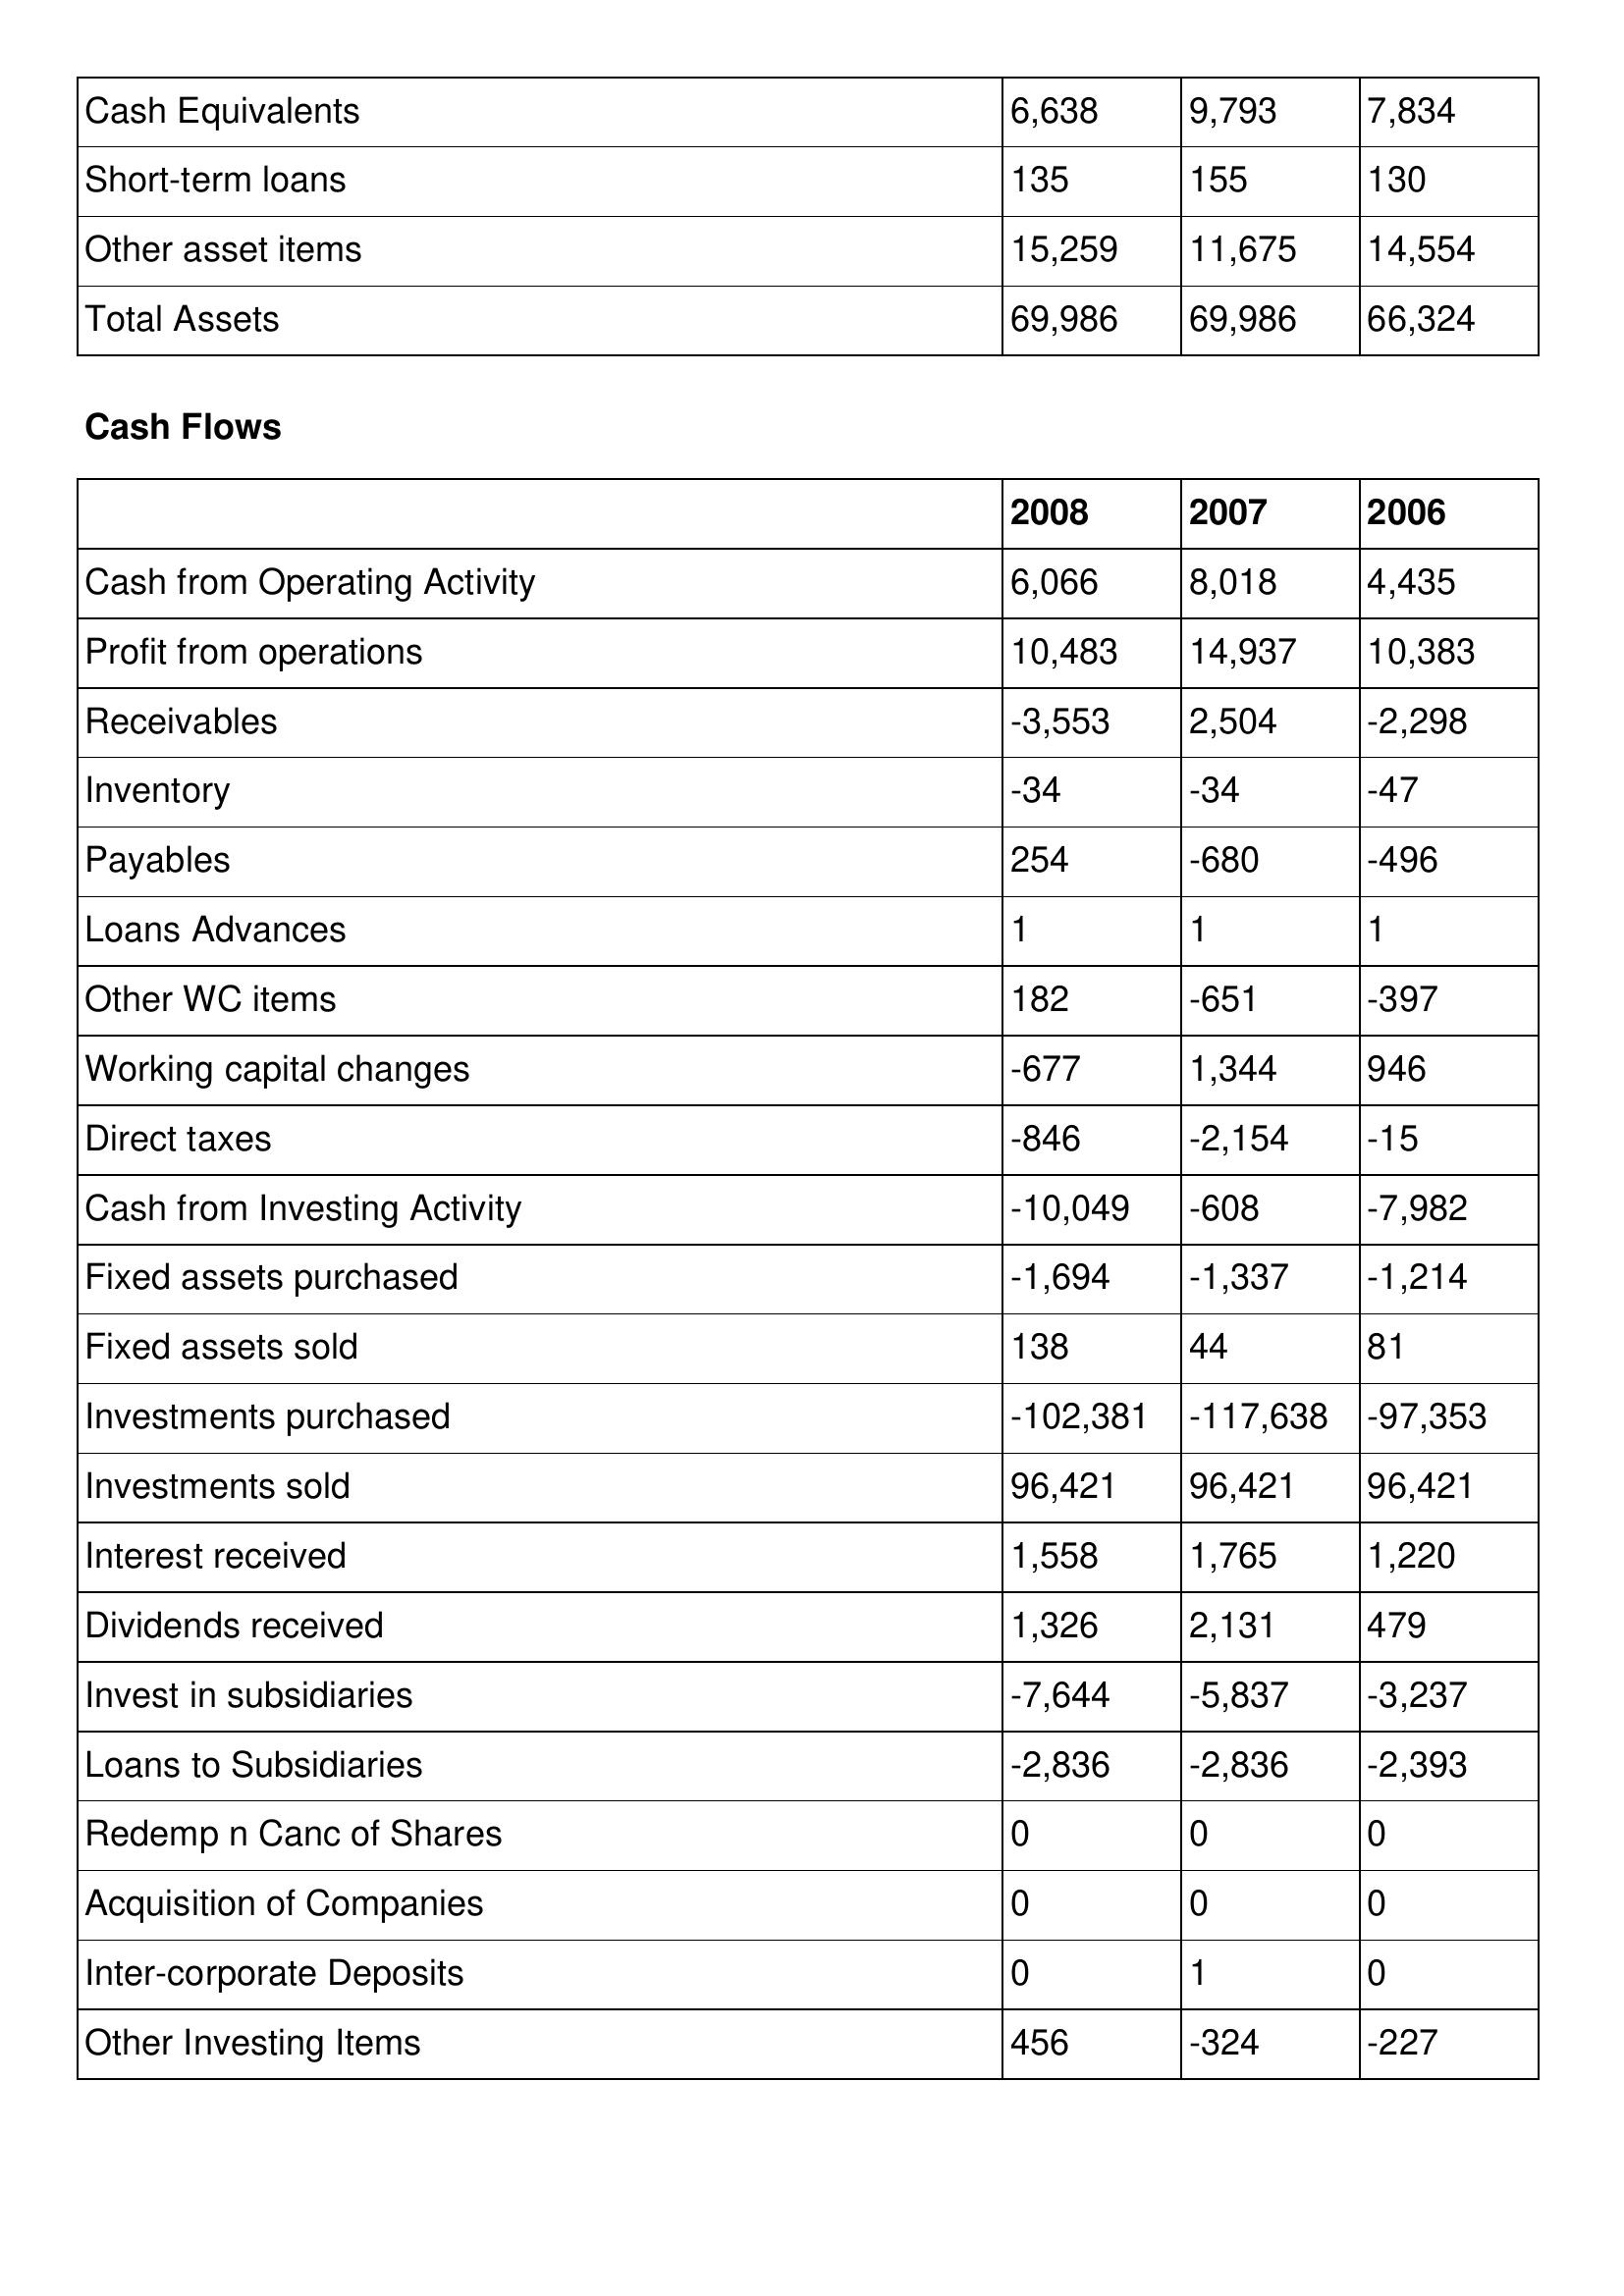
gt_parse: 2008: Balance Sheet: Cash Equivalents: 6,638
Short-term loans: 135
Other asset items: 15,259
Total Assets: 69,986
Cash Flows: Cash from Operating Activity: 6,066
Profit from operations: 10,483
Receivables: -3,553
Inventory: -34
Payables: 254
Loans Advances: 1
Other WC items: 182
Working capital changes: -677
Direct taxes: -846
Cash from Investing Activity: -10,049
Fixed assets purchased: -1,694
Fixed assets sold: 138
Investments purchased: -102,381
Investments sold: 96,421
Interest received: 1,558
Dividends received: 1,326
Invest in subsidiaries: -7,644
Loans to Subsidiaries: -2,836
Redemp n Canc of Shares: 0
Acquisition of Companies: 0
Inter-corporate Deposits: 0
Other Investing Items: 456
2007: Balance Sheet: Cash Equivalents: 9,793
Short-term loans: 155
Other asset items: 11,675
Total Assets: 69,986
Cash Flows: Cash from Operating Activity: 8,018
Profit from operations: 14,937
Receivables: 2,504
Inventory: -34
Payables: -680
Loans Advances: 1
Other WC items: -651
Working capital changes: 1,344
Direct taxes: -2,154
Cash from Investing Activity: -608
Fixed assets purchased: -1,337
Fixed assets sold: 44
Investments purchased: -117,638
Investments sold: 96,421
Interest received: 1,765
Dividends received: 2,131
Invest in subsidiaries: -5,837
Loans to Subsidiaries: -2,836
Redemp n Canc of Shares: 0
Acquisition of Companies: 0
Inter-corporate Deposits: 1
Other Investing Items: -324
2006: Balance Sheet: Cash Equivalents: 7,834
Short-term loans: 130
Other asset items: 14,554
Total Assets: 66,324
Cash Flows: Cash from Operating Activity: 4,435
Profit from operations: 10,383
Receivables: -2,298
Inventory: -47
Payables: -496
Loans Advances: 1
Other WC items: -397
Working capital changes: 946
Direct taxes: -15
Cash from Investing Activity: -7,982
Fixed assets purchased: -1,214
Fixed assets sold: 81
Investments purchased: -97,353
Investments sold: 96,421
Interest received: 1,220
Dividends received: 479
Invest in subsidiaries: -3,237
Loans to Subsidiaries: -2,393
Redemp n Canc of Shares: 0
Acquisition of Companies: 0
Inter-corporate Deposits: 0
Other Investing Items: -227